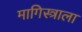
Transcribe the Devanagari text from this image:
मागिस्त्राला